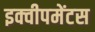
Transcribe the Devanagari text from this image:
इक्वीपमेंटस